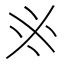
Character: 𠂭